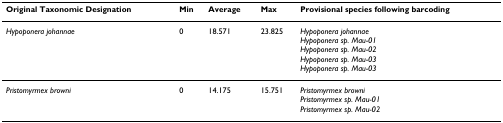
| Original Taxonomic Designation | Min | Average | Max | Provisional species following barcoding |
 | --- | --- | --- | --- | --- |
 | Hypoponera johannae | 0 | 18.571 | 23.825 | Hypoponera johannaeHypoponera sp. Mau-01Hypoponera sp. Mau-02Hypoponera sp. Mau-03Hypoponera sp. Mau-03 |
 | Pristomyrmex browni | 0 | 14.175 | 15.751 | Pristomyrmex browniPristomyrmex sp. Mau-01Pristomyrmex sp. Mau-02 |